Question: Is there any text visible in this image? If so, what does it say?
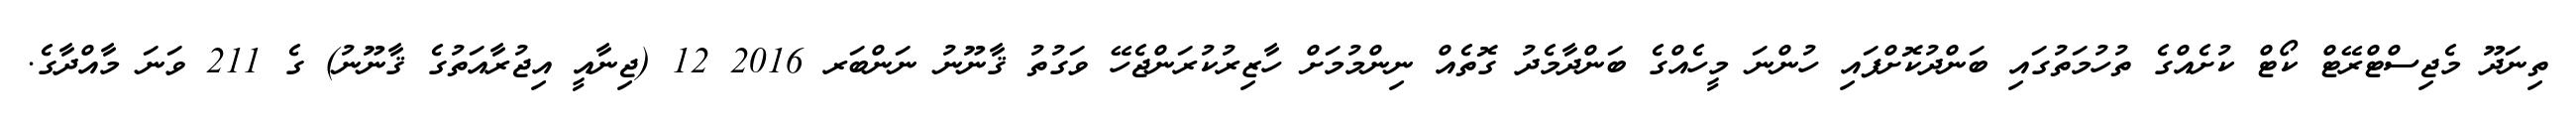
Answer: ތިނަދޫ މެޖިސްޓްރޭޓް ކޯޓް ކުށެއްގެ ތުހުމަތުގައި ބަންދުކޮށްފައި ހުންނަ މީހެއްގެ ބަންދާމެދު ގޮތެއް ނިންމުމަށް ހާޒިރުކުރަންޖެހޭ ވަގުތު ޤާނޫނު ނަންބަރ 2016 12 (ޖިނާއީ އިޖުރާއަތުގެ ޤާނޫނު) ގެ 211 ވަނަ މާއްދާގެ.